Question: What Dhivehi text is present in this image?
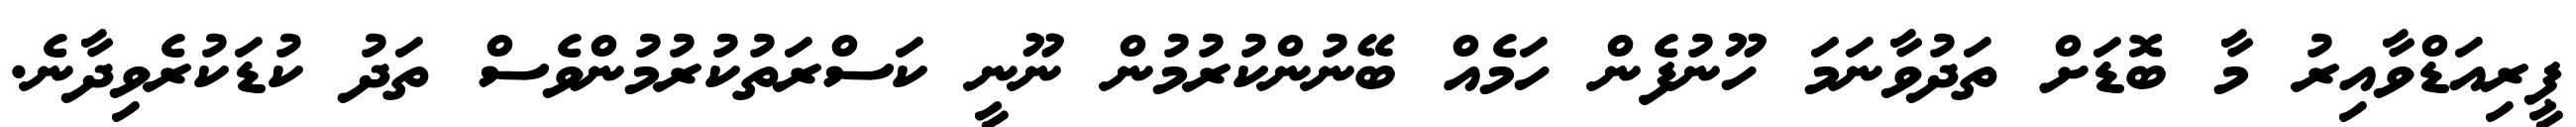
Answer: ޕީރިއަޑްވާއިރު މާ ބޮޑަށް ތަދުވާނަމަ ހޫނުފެން ހަމެއް ބޭނުންކުރުމުން ނޫނީ ކަސްރަތުކުރުމުންވެސް ތަދު ކުޑަކުރެވިދާނެ.